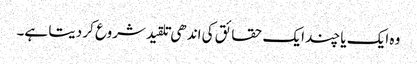
وہ ایک یا چند ایک حقائق کی اندھی تلقید شروع کر دیتا ہے۔